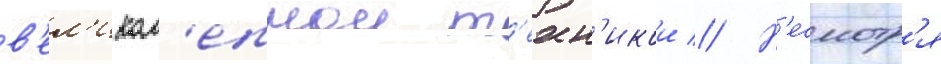
в'ел'икол'епнои т'ехн'икои // Н'есмотр'я